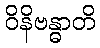
ဝိနိဗန္ဓာတိ